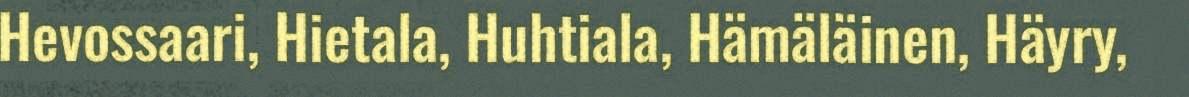
Hevossaari, Hietala, Huhtiala, Hämäläinen, Häyry,